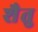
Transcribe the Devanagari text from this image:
शैतु